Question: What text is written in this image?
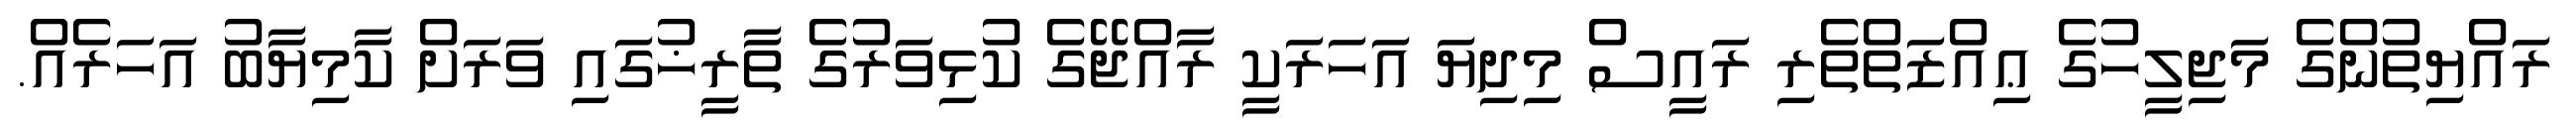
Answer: ރައްޔިތުންގެ މަޖިލީހުގެ ޢިއްޒަތްތެރި ރައީސް މިދިޔަ އަހަރަކީ ރާއްޖޭގެ ކުޅިވަރުގެ ތާރީޚުގައި ވަރަށް ކާމިޔާބު އަހަރެއް.